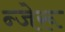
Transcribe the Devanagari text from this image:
न्जेरू